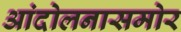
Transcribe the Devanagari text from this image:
आंदोलनासमोर